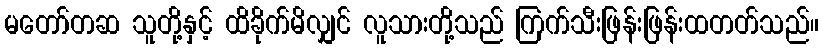
မတော်တဆ သူတို့နှင့် ထိခိုက်မိလျှင် လူသားတို့သည် ကြက်သီးဖြန်းဖြန်းထတတ်သည်။